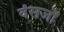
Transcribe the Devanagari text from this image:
वंसजों